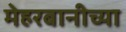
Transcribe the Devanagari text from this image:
मेहरबानीच्या